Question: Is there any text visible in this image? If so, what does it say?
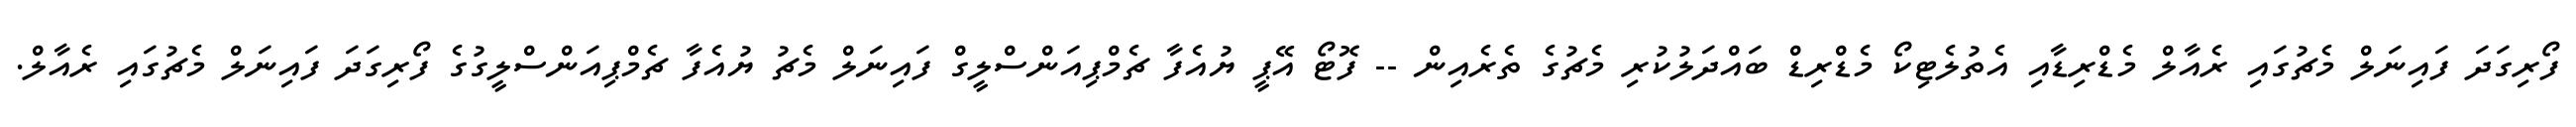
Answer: ފޯރިގަދަ ފައިނަލް މެޗުގައި ރެއާލް މެޑްރިޑާއި އެތުލެޓިކޯ މެޑްރިޑް ބައްދަލުކުރި މެޗުގެ ތެރެއިން -- ފޮޓޯ އޭޕީ ޔުއެފާ ޗެމްޕިއަންސްލީގް ފައިނަލް މެޗު ޔުއެފާ ޗެމްޕިއަންސްލީގުގެ ފޯރިގަދަ ފައިނަލް މެޗުގައި ރެއާލް.